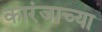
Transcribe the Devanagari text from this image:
कारंजाच्या